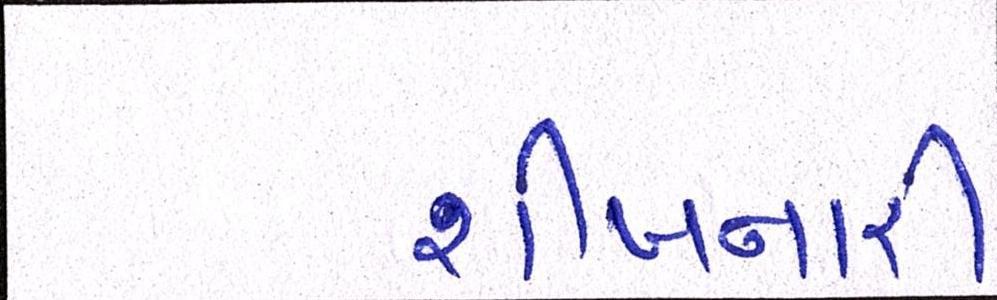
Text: શીખનારી